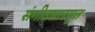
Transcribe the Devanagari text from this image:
संगीतसारमृत